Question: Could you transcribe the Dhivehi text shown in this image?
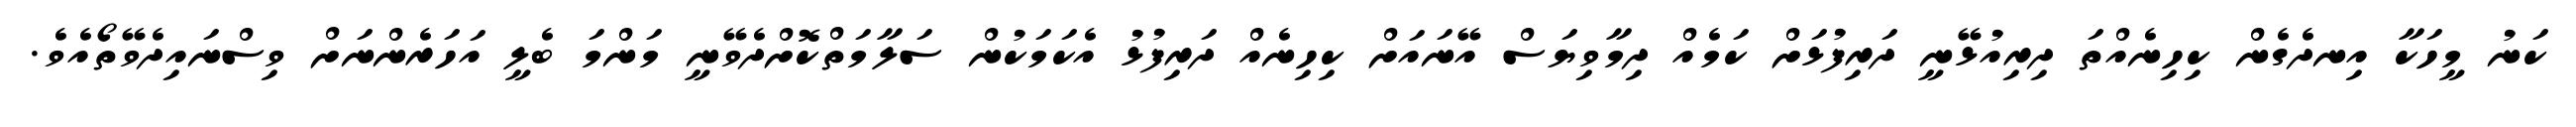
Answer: ކަނު މީހަކާ އިނދެގެން ކިހިނެއްތަ ދިރިއުޅޭނީ ދަރިފުޅަށް ކަމެއް ދިމާވިޔަސް އޭނައަށް ކިހިނެއް ދަރިފުޅު އެކަމަކުން ސަލާމަތްކޮށްދެވޭނީ މަންމަ ބެލީ އަހަރެންނަށް ވިސްނައިދެވޭތޯއެވެ.